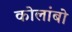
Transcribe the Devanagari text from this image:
कोलांबो